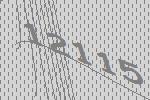
12115